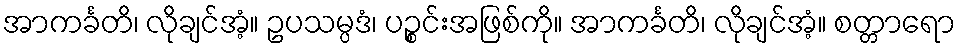
အာကင်္ခတိ၊ လိုချင်အံ့။ ဥပသမ္ပဒံ၊ ပဉ္စင်းအဖြစ်ကို။ အာကင်္ခတိ၊ လိုချင်အံ့။ စတ္တာရော